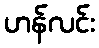
ဟန်လင်း